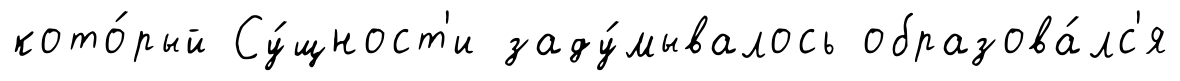
кото́рый Су́щност'и заду́мывалось образова́лс'я